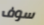
سوف